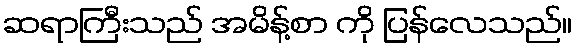
ဆရာကြီးသည် အမိန့်စာ ကို ပြန်လေသည်။